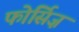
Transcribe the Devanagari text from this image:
फोर्सिज़